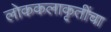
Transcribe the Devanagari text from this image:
लोककलाकृतींचा